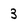
Character: 3